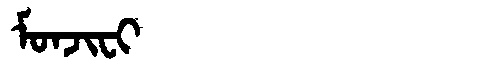
Manchu: ᠮᠣᠨᠵᡳᠸᡳ
Romanization: MONJIFI